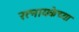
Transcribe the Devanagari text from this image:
रत्नायकेच्या